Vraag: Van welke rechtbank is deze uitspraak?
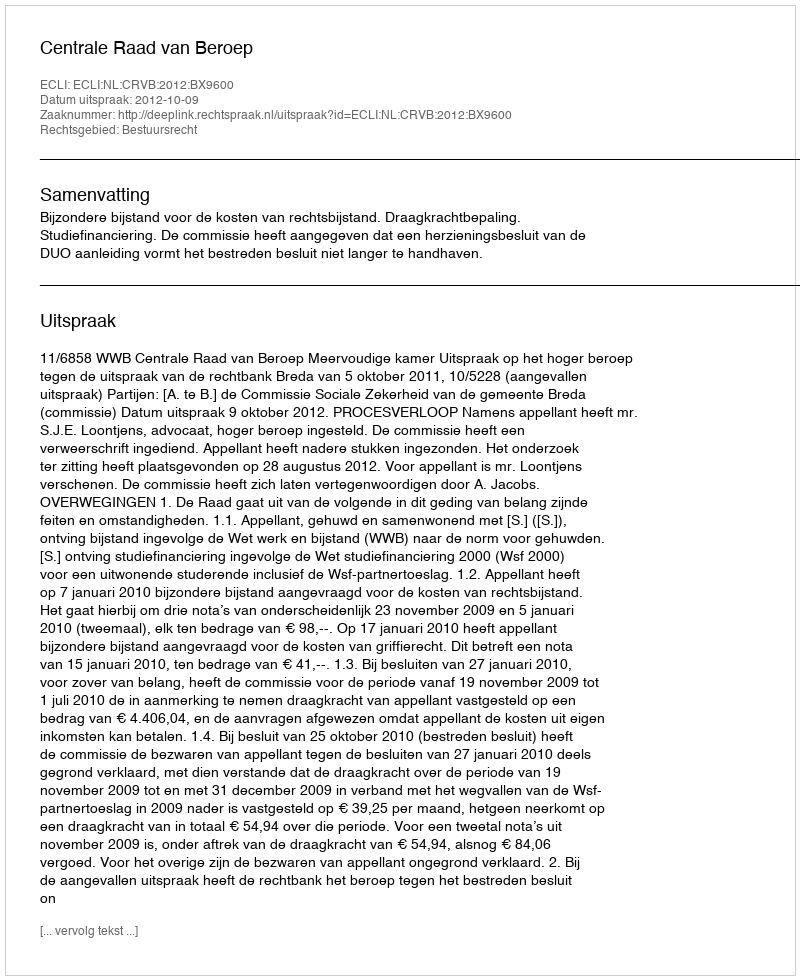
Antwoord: Centrale Raad van Beroep